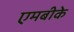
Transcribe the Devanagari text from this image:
एमबीके